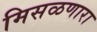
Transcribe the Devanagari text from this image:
मिसळणारा